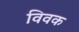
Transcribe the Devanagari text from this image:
विवक